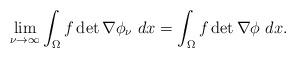
LaTeX: \begin{align*}\lim_{\nu\rightarrow \infty} \int_{\Omega} f\det \nabla \phi_{\nu}~dx=\int_{\Omega} f\det \nabla \phi~dx.\end{align*}